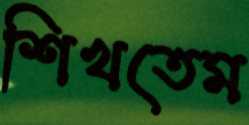
শিখতেম